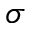
\sigma